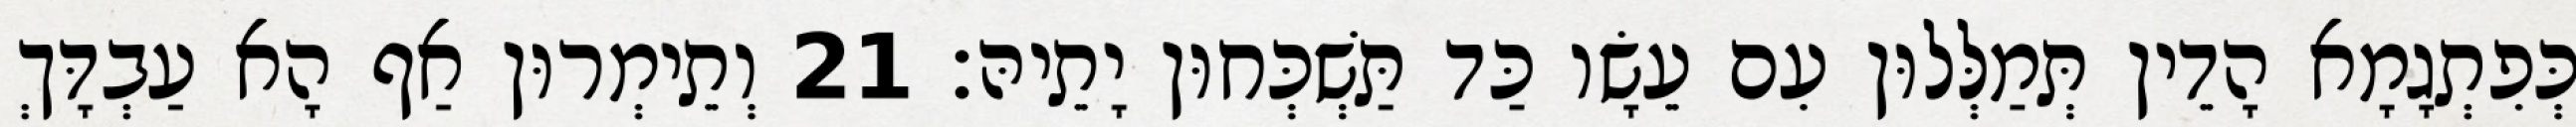
כְּפִתְגָמָא הָדֵין תְּמַלְּלוּן עִם עֵשָׂו כַּד תַּשְׁכְּחוּן יָתֵיהּ׃ 21 וְתֵימְרוּן אַף הָא עַבְדָּךְ